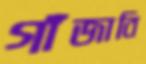
গাঁজাবি